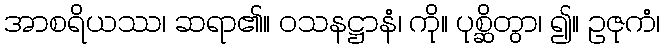
အာစရိယဿ၊ ဆရာ၏။ ဝသနဋ္ဌာနံ၊ ကို။ ပုစ္ဆိတွာ၊ ၍။ ဥဇုကံ၊